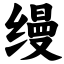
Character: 缦